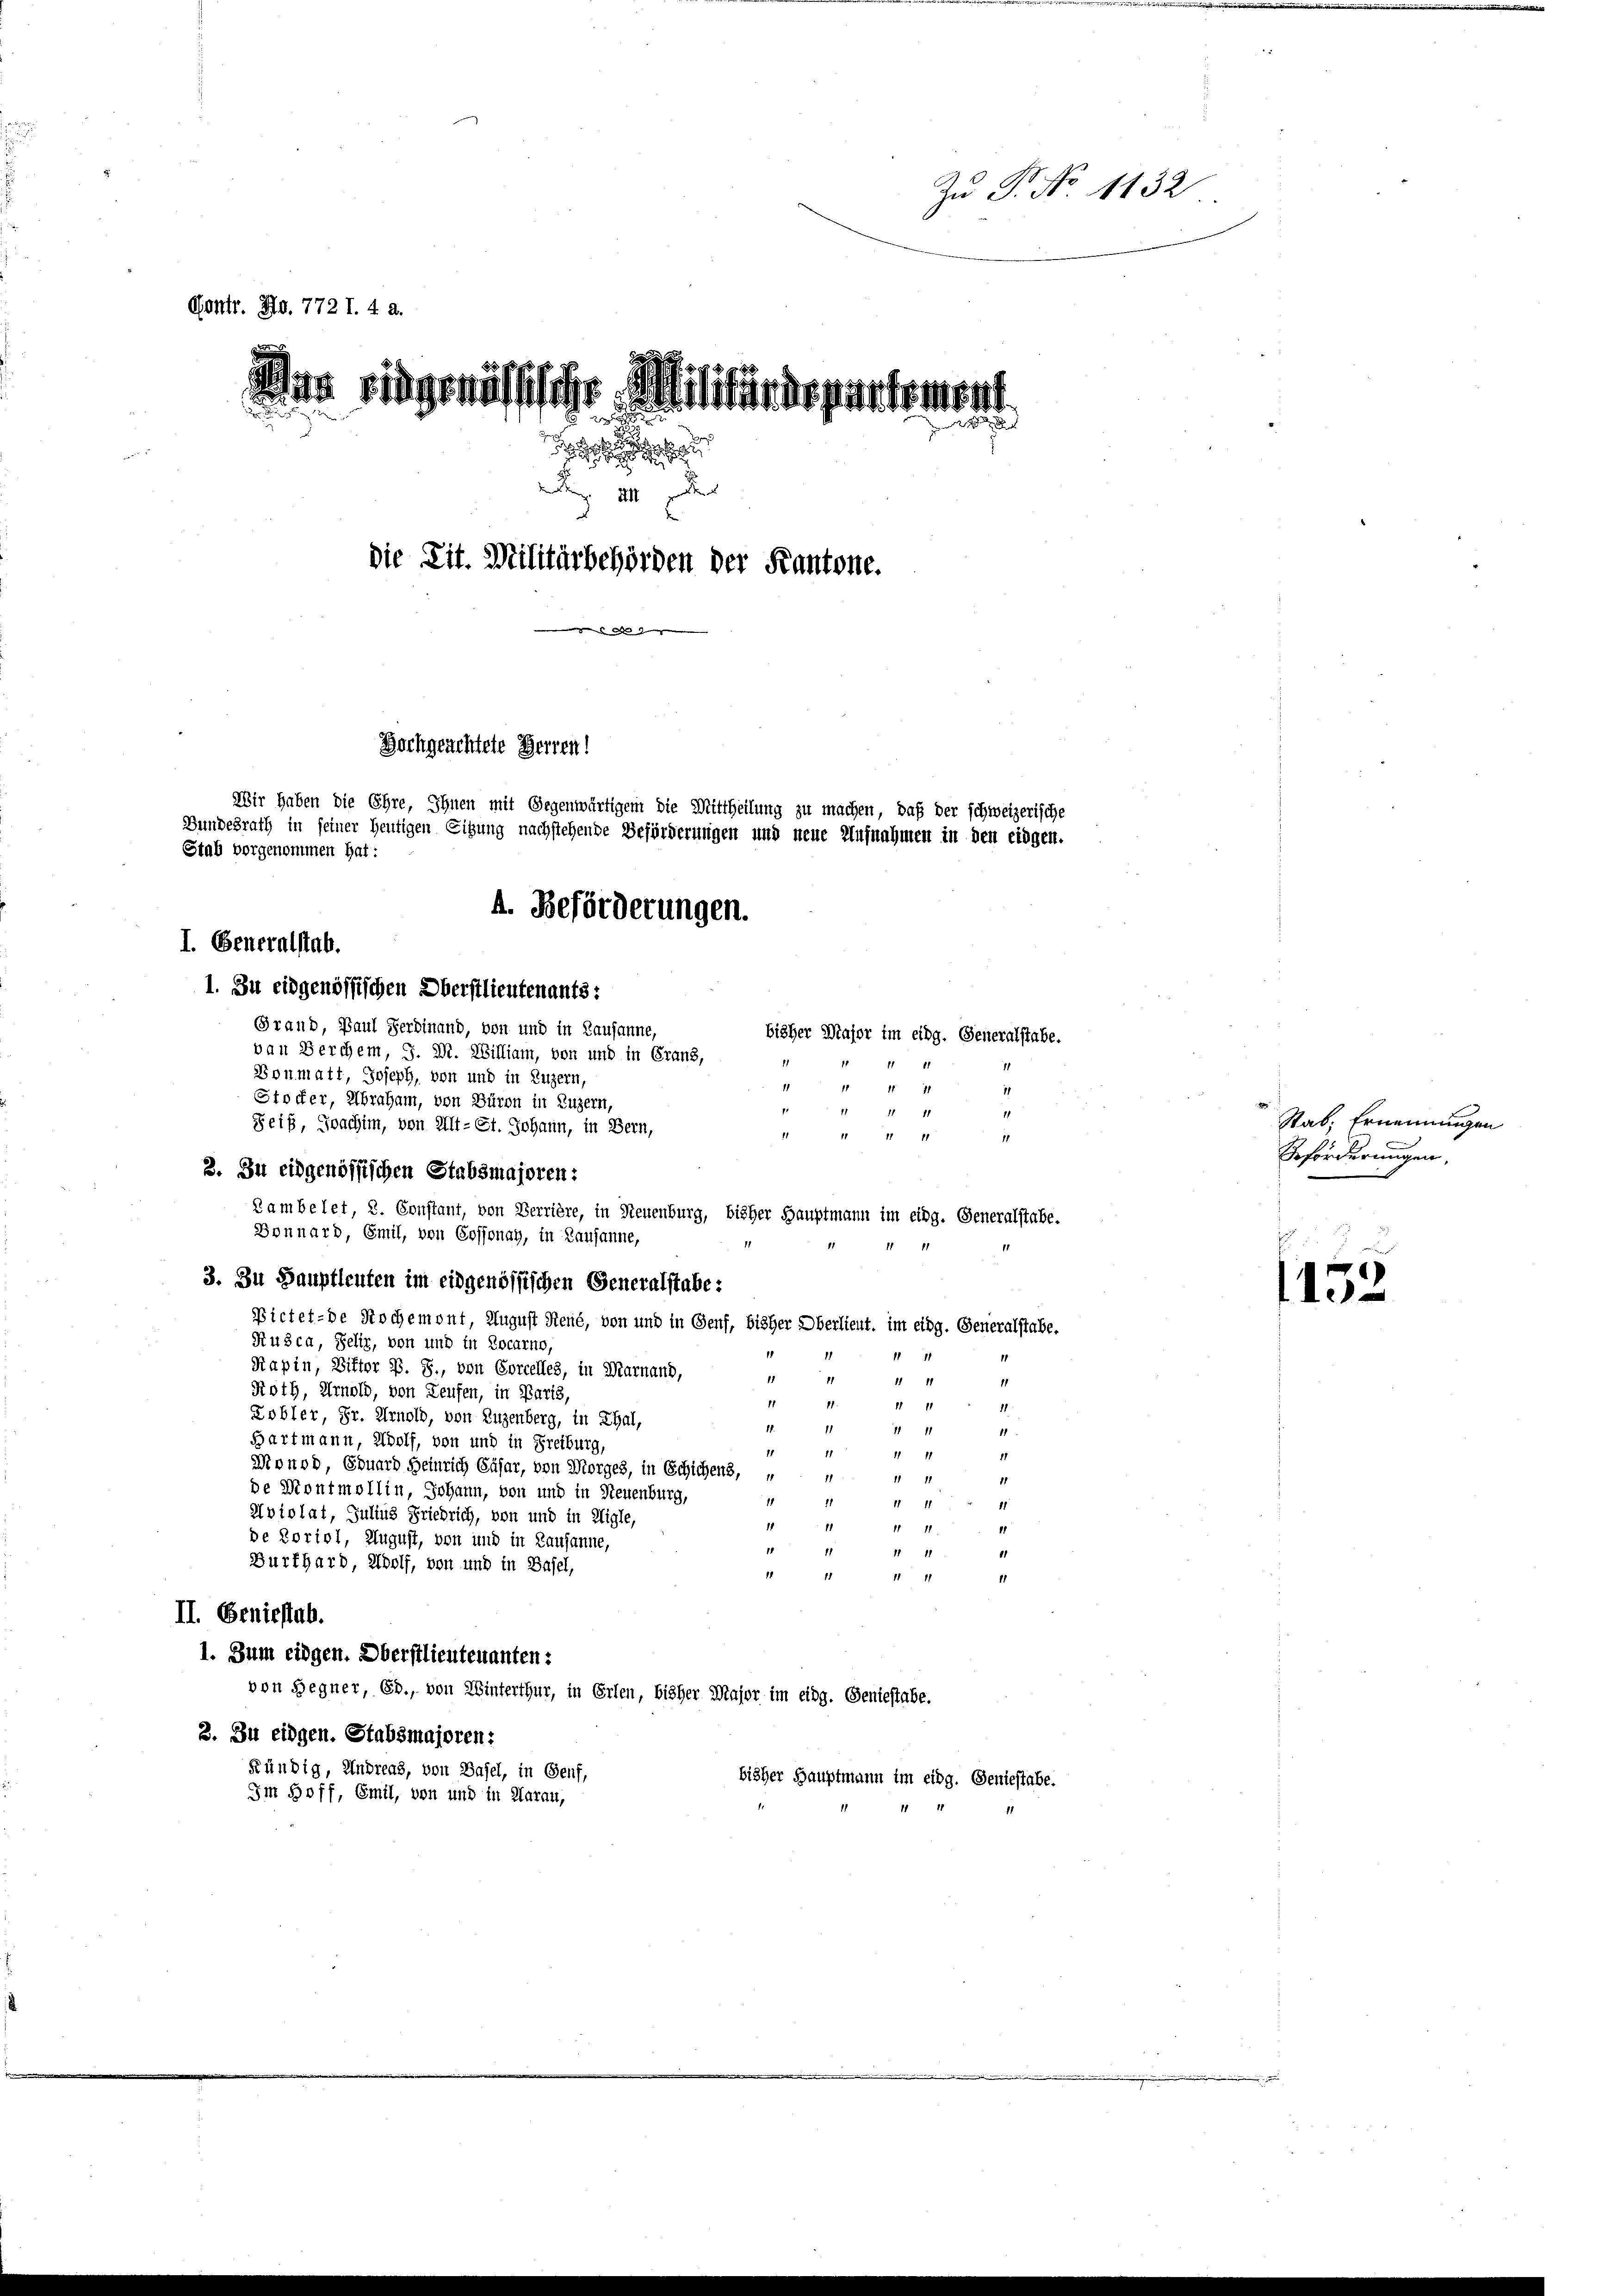
Zu P. No 1132
Kontr. No. 772 I. 4 a.
iler ringenössischer Militärdepartement.
x

die Tit. Militärbehörden der Kantone.
gde der den |
Hochgeachtete Herren!
Wir haben die Ehre, Ihnen mit Gegenwärtigem die Mittheilung zu machen, daß der schweizerische
Bundesrath in seiner heutigen Sitzung nachstehende Beförderungen und neue Aufnahmen in den eidgen.
Stab vorgenommen hat:
A. Beförderungen.
I. Generalstab.

1. Zu eidgenössischen Oberstlieutenants:
Grand, Paul Ferdinand, von und in Kausanne,
van Berchem, J. M. William, von und in Grand,
Bonmatt, Joseph, von und in Luzern,
11
Stocker, Abraham, von Düren in Luzern,
1
Seif, Joachim, von Alt-St. Johann, in Bern,
1
r
1
11
2. Zu eidgenössischen Stabsmajoren:
Zambelet, 2. Constant, von Verrière, in Neuenburg, bisher Hauptmann im eidg. Generalstabe.
Bonnard, Emil, von Cossonay, in Kausanne,
3. Zu Hauptleuten im eidgenössischen Generalstabe:
Bictet-de Nochemont, August René, von und in Genf, bisher Oberlieut. im eidg. Generalstabe,
Rusca, Seliz, von und in Locarno,
111
Rapin, Differ B. S., von Corcelles, in Marnand,
1
11 11
11
11
Roth, Arnold, von Teufen, in Paris,
11.
1
1111
11
Kobler, Dr. Arnold, von Luzenberg, in Thal,
1
17.
1111
41
Bartmann, Wolf, von und in Freiburg,
11
1
11
Monod, Eduard Heinrich Cäsar, von Morges, in Schichens, u
11
81
de Montmollin, Johann, von und in Steuenburg,
11
11
1
Aviolat, Julius Friedrich, von und in Aigle,
1
1
11
de Portol, August, von und in Lausanne,
1
21
11
Burkhard, Wolf, von und in Basel,
1111
11
II. Geniestab.
1. Zum eidgen. Oberstlieutenanten:
von Gegner, Ed., von Winterthur, in Erlen, bisher Major im eidg. Geniestabe.
3. Zu eidgen. Stabsmajoren:
Kündig, Andreas, von Basel, in Genf,
bisher Hauptmann im eidg. Geniestabe.
Im Hoff, Emil, von und in Aarau,

bisher Major im eidg. Generalstabe.

Stab. Ernennungen
Beförderungen,

1152